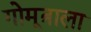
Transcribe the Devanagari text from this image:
गोमूत्राला